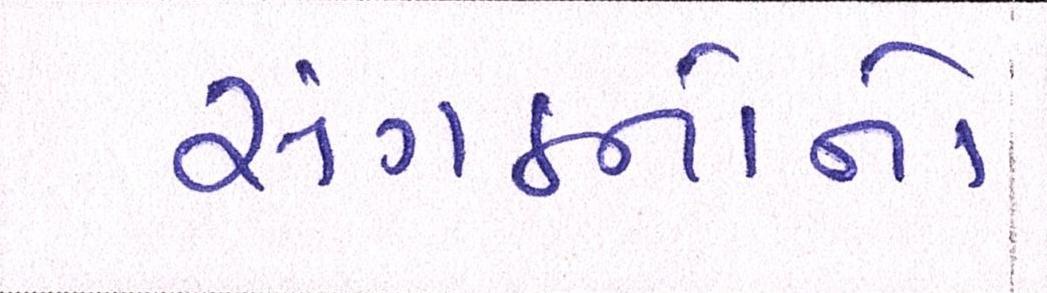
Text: સંગઠનોનો